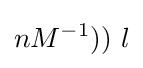
nM^{-1}))\ l